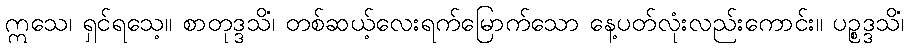
ဣသေ၊ ရှင်ရသေ့။ စာတုဒ္ဒသိံ၊ တစ်ဆယ့်လေးရက်မြောက်သော နေ့ပတ်လုံးလည်းကောင်း။ ပဉ္စဒ္ဒသိံ၊